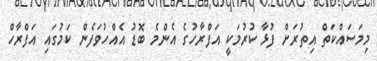
މިމަސައްކަތް އިތުރަށް ފުޅާ ކުރުމަކީ އަފްރާހުގެ އެންމެ ބޮޑު އެއްހުވަފެން ކަމުގައި އަފްރާހް